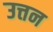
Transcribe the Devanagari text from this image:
उत्तन